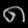
Digit: ၈